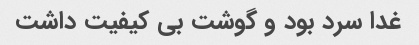
غدا سرد بود و گوشت بی کیفیت داشت